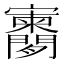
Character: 𫴨